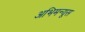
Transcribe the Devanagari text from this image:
अभिमन्यूस